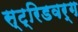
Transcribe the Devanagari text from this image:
स्ट्रिडवर्ग